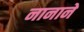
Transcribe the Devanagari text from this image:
नानाने